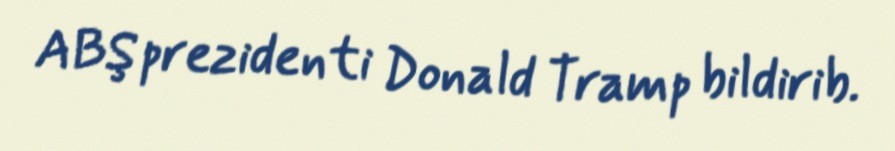
ABŞ prezidenti Donald Tramp bildirib.